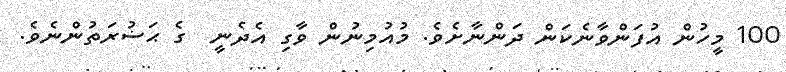
100 މީހުން އުފަންވާނެކަން ދަންނާށެވެ. މުއުމިނުން ވާގި އެދެނީ  ގެ ޙަޟުރަތުންނެވެ.